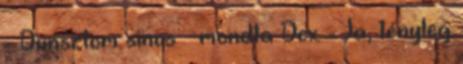
- Dunsztom sincs – mondta Dex. - Ja, tényleg